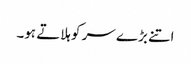
اتنے بڑ ے سر کو ہلاتے ہو۔